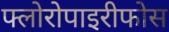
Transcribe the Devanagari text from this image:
फ्लोरोपाइरीफोस